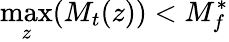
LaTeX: \operatorname*{max}_{z}(M_{t}(z))<M_{f}^{\ast}